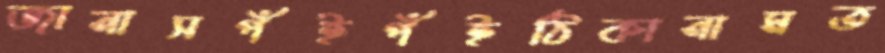
জানাসপঁইপঁইঠিকানামত